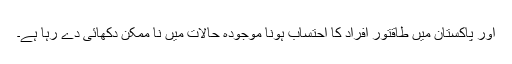
اور پاکستان میں طاقتور افراد کا احتساب ہونا موجودہ حالات میں نا ممکن دکھائی دے رہا ہے۔